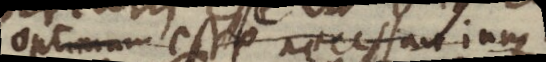
optimum esse necessarium;